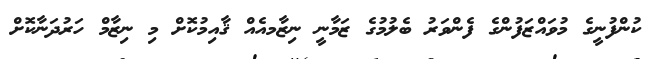
ކުންފުނީގެ މުވައްޒަފުންގެ ފެންވަރު ބެލުމުގެ ޒަމާނީ ނިޒާމއެއް ޤާއިމުކޮށް މި ނިޒާމް ހަރުދަނާކޮށް